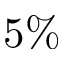
5 \%